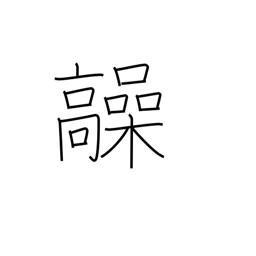
Meaning: high